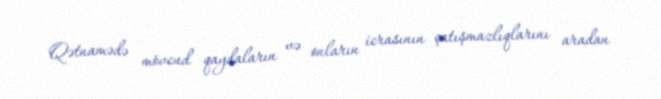
Qətnamədə mövcud qaydaların və onların icrasının çatışmazlıqlarını aradan